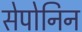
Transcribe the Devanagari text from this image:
सेपोनिन